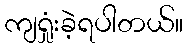
ကျရှုံးခဲ့ရပါတယ်။